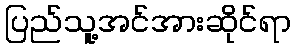
ပြည်သူ့အင်အားဆိုင်ရာ